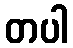
တပါ